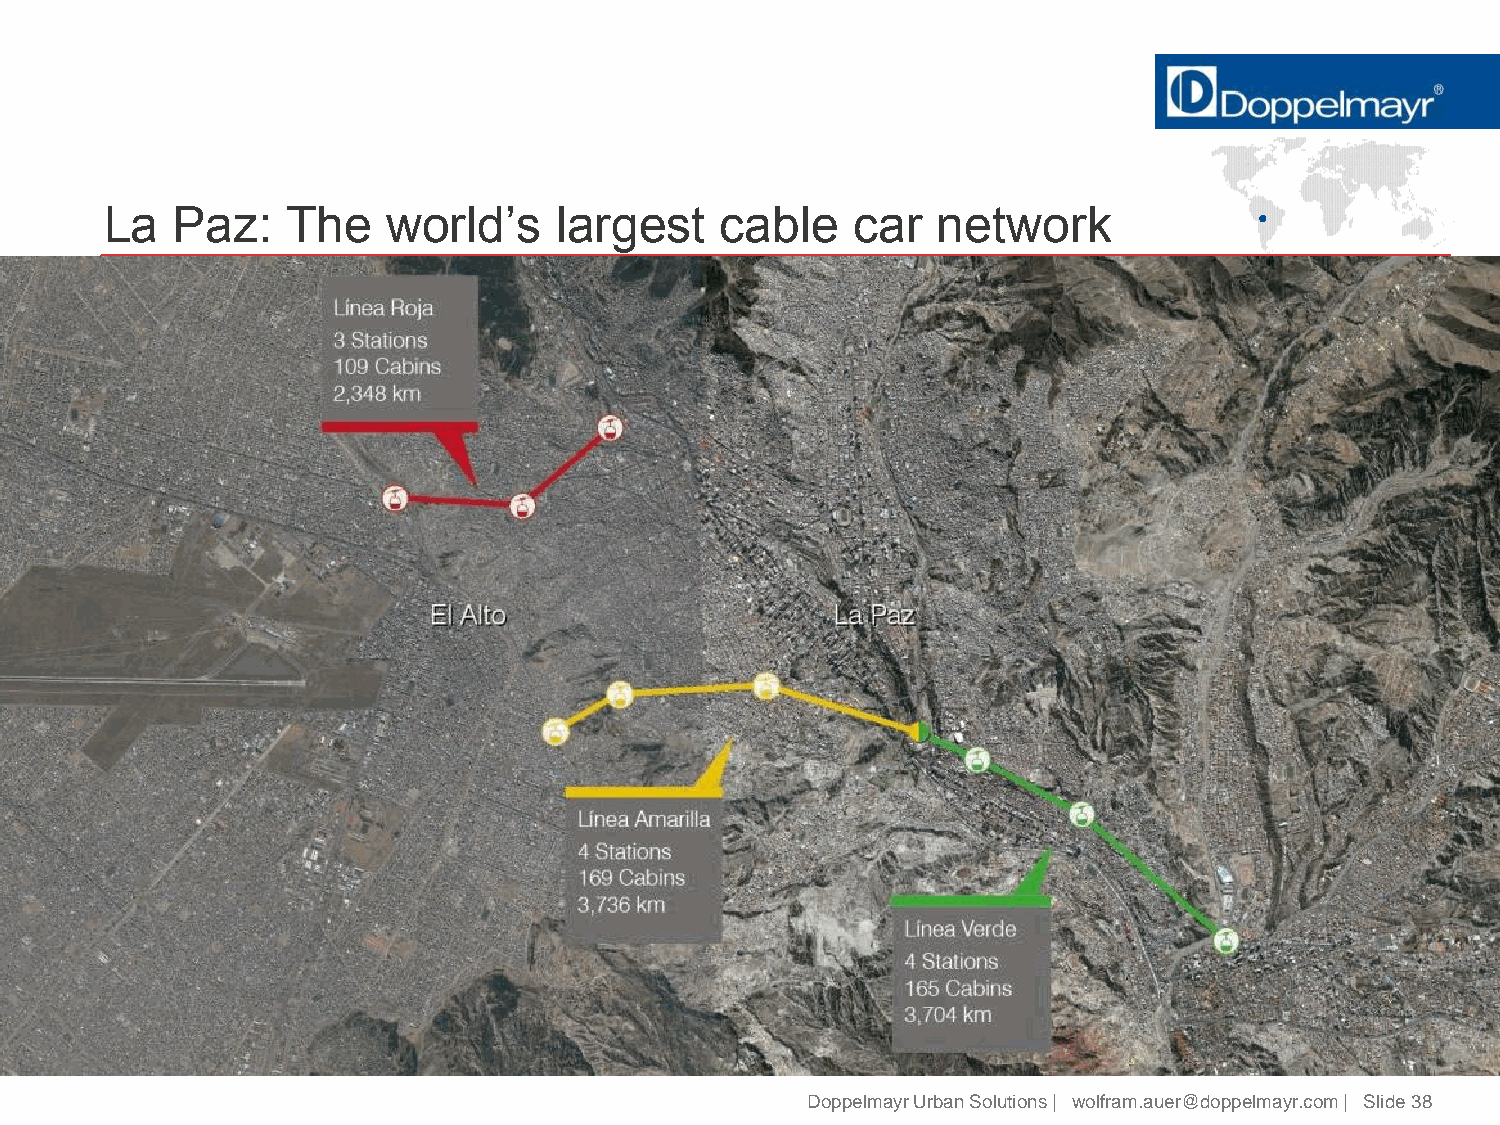
La  Paz:    The    world’s    largest    cable    car  network
 Three   lines directly  built
 within the  city able  to
 overcome    terrain
 challenges
 Doppelmayr Urban Solutions | wolfram.auer@doppelmayr.com | Slide 38